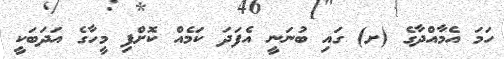
ހަމަ އެމާއްދާގެ (ށ) ގައި ބުނަނީ އެފަދަ ކަމެއް ކޮށްފި މީހާގެ އަދަބަކީ